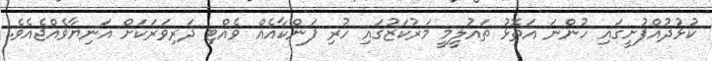
ކުޅުދުއްފުށީގައި ހުންނަ އަތޮޅު ތައުލީމީ މަރުކަޒުގައި ހުރި ފަންކާއެއް ވެއްޓި ދަރިވަރަކަށް އަނިޔާވެއްޖެއެވެ.